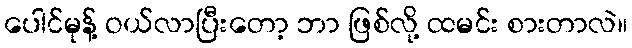
ပေါင်မုန့် ဝယ်လာပြီးတော့ ဘာ ဖြစ်လို့ ထမင်း စားတာလဲ။